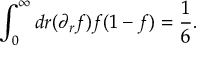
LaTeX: \int _ { 0 } ^ { \infty } d r ( \partial _ { r } f ) f ( 1 - f ) = \frac { 1 } { 6 } .